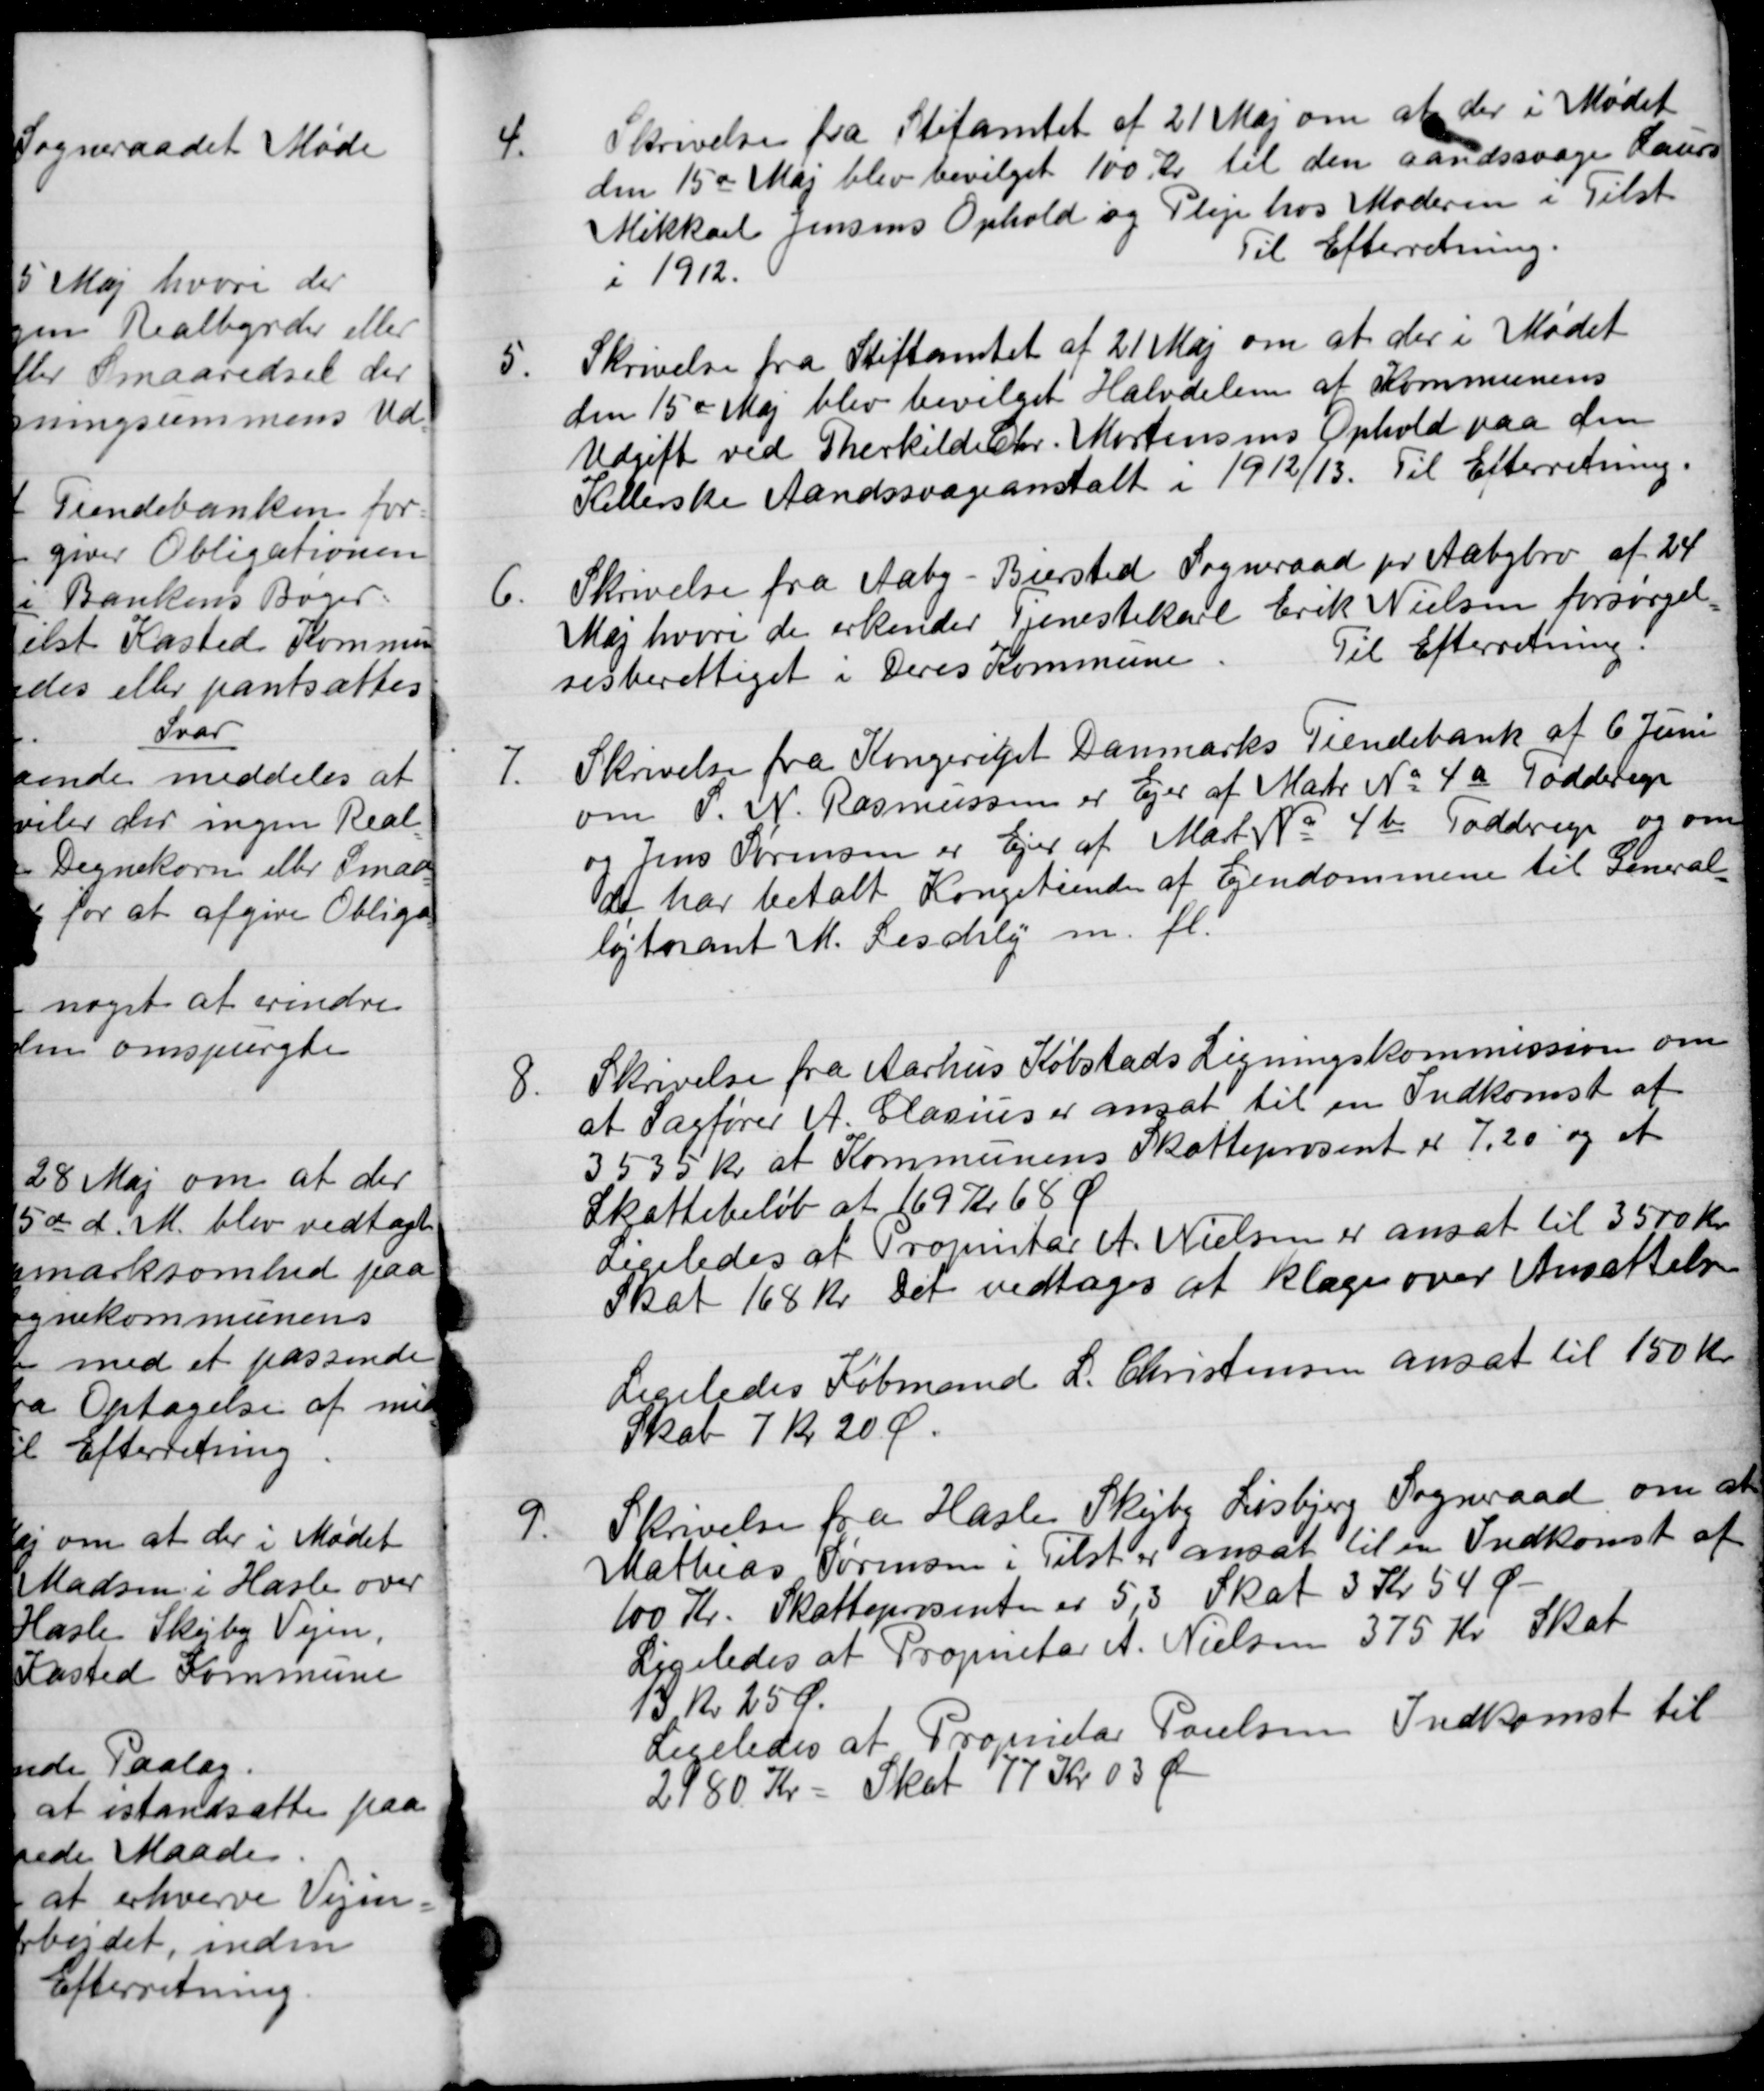
Transskription:
4.
Skrivelse fra Stiftamtet af 21 Maj om at der i Mødet
den 15de Maj blev bevilget 100 Kr til den aandssvage Laurs
Mikkarl Jensens Ophold og Pleje hos Moderen i Tilst
i 1912.
Til Efterretning.
5.
Skrivelse fra Stiftamtet af 21 Maj om at der i Mødet
den 15de Maj blev bevilget Halvdelen af Kommunens
Udgift ved Therkild. Chr. Mortensens Ophold paa den
Kellerske Aandssvageanstalt i 1912/13.
Til Efterretning.
6.
Skrivelse fra Aaby - Biersted Sogneraad pr Aabybro af 24
Maj hvori de erkender Tjenestekarl Erik Nielsen forsørgel-
sesberettiget i Deres Kommune
Til Efterretning.
7.
Skrivelse fra Kongeriget Danmarks Tiendebank af 6 Juni
om S. N. Rasmussen er Ejer af Martr No 4a Todderup
og Jens Sørensen er Ejer af Mart No 4 b Toddrup og om
de har betalt Kongetienden af Ejendommene til General-
løjtnant M. Leschly m. fl.
8.
Skrivelse fra Aarhus Købstads Ligningskommission om
at Sagfører A. Clasius er ansat til en Indkomst af
3535 kr. at Kommunens Skatteprosent er 7,20 og at
Skattebeløb at 169 Kr 68 Ø
Ligeledes af Propritær A. Nielsen er ansat til 3500 Kr.
Skat 168 Kr. Det vedtoges at klage over Ansættelse
Ligeledes Købmand L. Christensen ansat til 150 Kr.
Skat 7 kr 20 Ø.
9.
Skrivelse fra Haslev Skejby Lisbjerg Sogneraad om at
Mathias Sørensen i Tilst er ansat til en Indkomst af
100 Kr. Skatteprosenten er 5,3 Skat 3 Kr 54 Ø
Ligeledes at Proprietær A. Nielsen 375 Kr. Skat
13 Kr 25 Ø.
Ligeledes at Proprietær Poulsen Indkomst til
2180 Kr
Skat 77 Kr 03 Ør